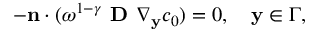
\begin{array} { r } { - \mathbf n \cdot ( \omega ^ { 1 - \gamma } \textbf { D } \nabla _ { \mathbf y } c _ { 0 } ) = 0 , \quad \mathbf y \in \Gamma , } \end{array}